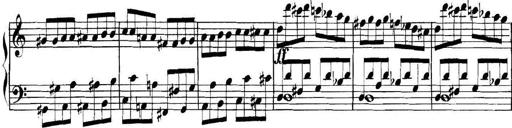
Title: Collected Piano Sonatas
Composer: Muzio Clementi